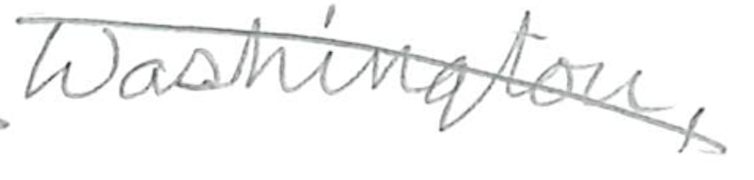
Text: Washington,
Cross-out: diagonal
Writing tool: pencil